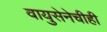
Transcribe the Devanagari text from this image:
वायुसेनेचीही